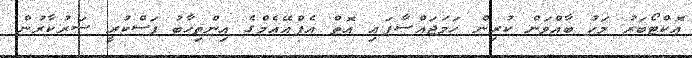
އޮކްޓޯބަރު މަހު ބާއްވަން ކުރިން ހަމަޖައްސާފައި އޮތް އެފްއޭއެމްގެ އިންތިހާބު ފަސްކުރީ ސަރުކާރުން